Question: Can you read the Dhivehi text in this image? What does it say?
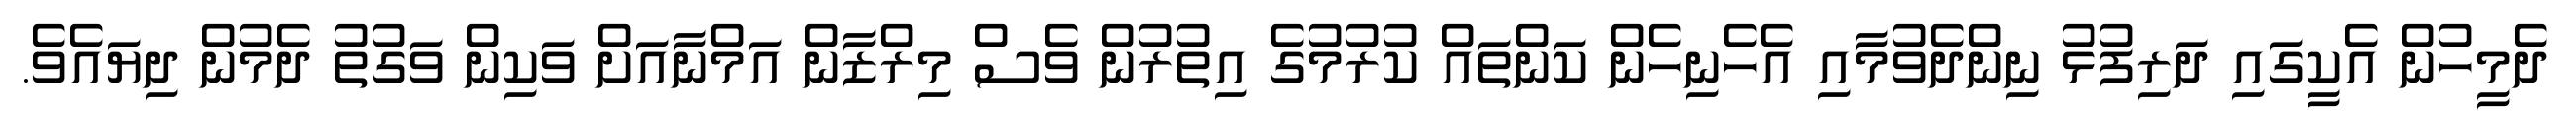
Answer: ދެމީހުން އެކީގައި ދަރިފުޅު ނިންދެވުމާއި އެހެނިހެން ކަންތައް ކުރުމުގެ އިތުރުން ވެސް މިރްޒާން އަމްނާއަށް ވަކިން ވަގުތު ދެމުން ދިޔައެވެ.